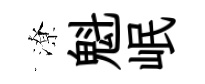
潦魁岷